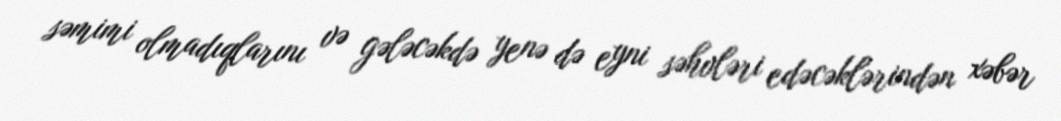
səmimi olmadıqlarını və gələcəkdə yenə də eyni səhvləri edəcəklərindən xəbər